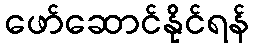
ဖော်ဆောင်နိုင်ရန်